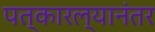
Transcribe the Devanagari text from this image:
पत्कारल्यानंतर